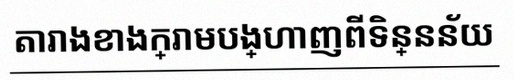
តារាងខាងក្រោមបង្ហាញពីទិន្នន័យ